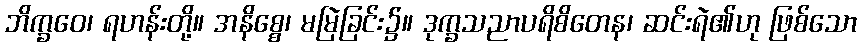
ဘိက္ခဝေ၊ ရဟန်းတို့။ အနိစ္စေ၊ မမြဲခြင်း၌။ ဒုက္ခသညာပရိစိတေန၊ ဆင်းရဲ၏ဟု ဖြစ်သော